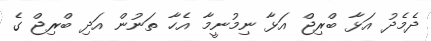
ދެމެދު އަޅާ ބްރިޖް އަޅާ ނިމުނީމާ އެހާ ތަނުން އަދި ބްރިޖް ގެ